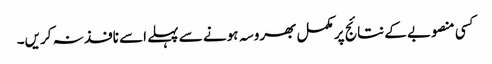
کسی منصوبے کے نتائج پر مکمل بھروسہ ہونے سے پہلے اسے نافذ نہ کریں۔